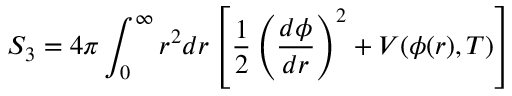
S _ { 3 } = 4 \pi \int _ { 0 } ^ { \infty } r ^ { 2 } d r \left[ \frac { 1 } { 2 } \left( \frac { d \phi } { d r } \right) ^ { 2 } + V ( \phi ( r ) , T ) \right]